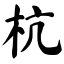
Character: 杭